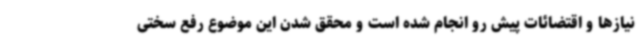
نیازها و اقتضائات پیش رو انجام شده است و محقق شدن این موضوع رفع سختی